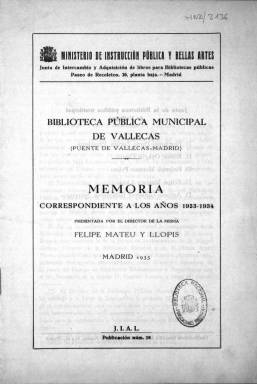
Título: Memoria ... / Biblioteca Pública Municipal de Vallecas (Puente de Vallecas-Madrid)
Colección: Archivos, bibliotecas y museos || Anuarios e informes
Ámbito geográfico: Madrid
Lugar de publicación: Madrid
Fechas: 01/01/1933-31/12/1935

La biblioteca popular de Vallecas fue inaugurada en noviembre de 1933 en la planta baja del Ayuntamiento de este municipio que entonces no estaba aún anexionado a Madrid. Su primera Memoria de actividades engloba por tanto sólo un mes y medio de 1933 y todo el año 1934, y su segunda Memoria corresponde a 1935 y es la última que se editó debido a la ruptura en todos los órdenes de la vida que supuso la Guerra Civil.

   La biblioteca empezó con unos fondos bibliográficos muy modestos, procedentes de tres fuentes: donativos, compras y lo que la Memoria llama incorporación, que es un ingreso en bloque de 640 obras que eran parte de una biblioteca circulante que funcionaba en la Escuela Municipal de Párvulos del Distrito Centro de Madrid.

  Los donativos procedían de la Junta de Intercambio y Adquisición de libros para bibliotecas públicas, organismo dependiente del Ministerio de Instrucción Pública, y del mismo Ayuntamiento de Vallecas, así como de particulares cuyos nombres se relacionan en la Memoria por orden alfabético. Las compras de libros correspondían también a las citadas administraciones estatal y municipal.

 En la primera Memoria podemos ver desglosada por edades la estadística de lectores en la Sala de Lectura. Cabe resaltar que hay más chicos que chicas menores de 14 años, pero la diferencia a partir de esa edad se ahonda, por lo que son muy pocas las mujeres que acuden a la biblioteca.

Los usuarios hacían mucho uso del catálogo de materias y no echaban en falta un índice de autores salvo en Literatura. Dentro de su índice de materias, la biblioteca informaba de la sección de Ciencias Aplicadas con el fin de que los lectores mejoraran sus conocimientos en su profesión u oficio. En la Memoria, la biblioteca se ufana de ejercer ‘una poderosa influencia educativa entre el público, infantil especialmente. Se ha podido comprobar la formación en el ambiente de la misma de numerosos lectores y en no pocos casos ha despertado o favorecido vocaciones profesionales entre el público joven’.

  En el servicio de Préstamo, la biblioteca recordaba al usuario que debía cuidar del buen estado del libro que se llevaba a casa y obligaba a forrarlo con papel. El lector que deterioraba una obra estaba obligado a abonar su valor.

   En la Memoria de 1935 se ofrecen más cuadros comparativos y gráficos de los servicios que presta la biblioteca, con mayor información estadística relativa a los usuarios y sus profesiones. Quizá lo más interesante desde el punto de vista de historia cultural es el apartado dedicado a comprobar lo que leen los usuarios. La Biblioteca eligió una hora y un día al azar, en concreto las siete de la tarde del 17 de diciembre, para reseñar lo que se estaba leyendo en las distintas mesas de la Sala de Lectura. En la mesa central de varones adultos se leían libros de Geografía y novelas como Robinson Crusoe o las de Julio Verne y obras técnicas sobre automóviles; en la de señoritas, obras de arte y biografías de pintores; los niños leían cuentos y libros de animales y en la mesa de las niñas lo más leído eran los cuentos de Calleja.

   Como conclusión, la Memoria señala que la biblioteca ha conseguido que ‘sus libros no tengan tiempo de dormir en los estantes. Es frecuente haber de tomar vez para leer un libro o solicitarlo en préstamo’, y que por tanto había necesidad de incrementar sus fondos en la proporción que crecían los usuarios.

[Descripción publicada el 5/5/2020]